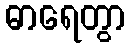
ဓာရေတွာ